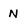
Character: N